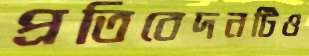
প্রতিবেদনটিও